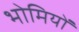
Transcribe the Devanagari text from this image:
भोमियों